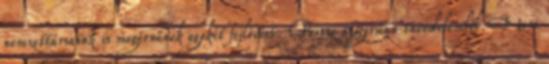
nemzettársaink is megérnének egykét fejlövést. Persze szigorúan önvédelemből. Nem